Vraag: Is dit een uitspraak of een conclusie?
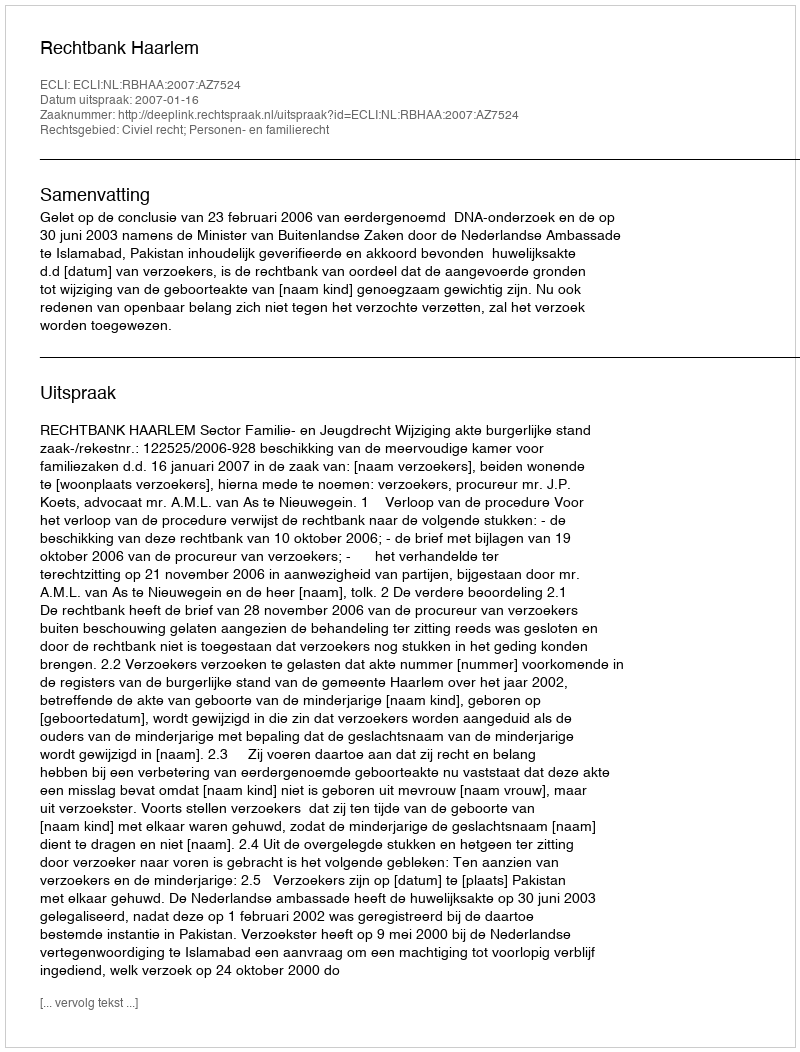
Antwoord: Uitspraak